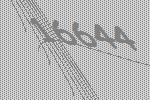
16644